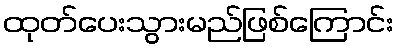
ထုတ်ပေးသွားမည်ဖြစ်ကြောင်း